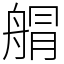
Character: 䑵